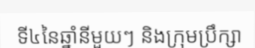
ទី៤នៃឆ្នាំនីមួយៗ និងក្រុមប្រឹក្សា